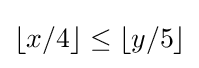
\lfloor x/4\rfloor \leq \lfloor y/5\rfloor